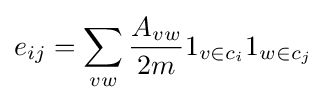
e_{ij}=\sum _{vw}{\frac {A_{vw}}{2m}}1_{v\in c_{i}}1_{w\in c_{j}}